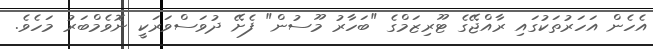
އެހެން އަހަރުތަކުގައި ރާއްޖޭގެ ޓޫރިޒަމްގެ "ބަހާރު މޫސުން" ފެށޭ ދުވަސްވަރަކީ ނޮވެމްބަރު މަހެވެ.